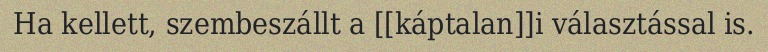
Ha kellett, szembeszállt a [[káptalan]]i választással is.